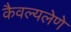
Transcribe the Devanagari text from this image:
कैवल्यलेणे